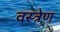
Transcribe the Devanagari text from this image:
वस्त्रेण